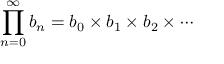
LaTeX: \prod _ { n = 0 } ^ { \infty } b _ { n } = b _ { 0 } \times b _ { 1 } \times b _ { 2 } \times \cdots